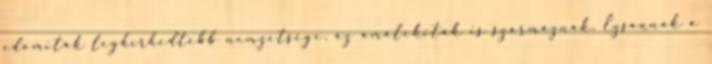
edomiták leghírhedtebb nemzetsége, az amalekiták is származnak. Ézsaunak a